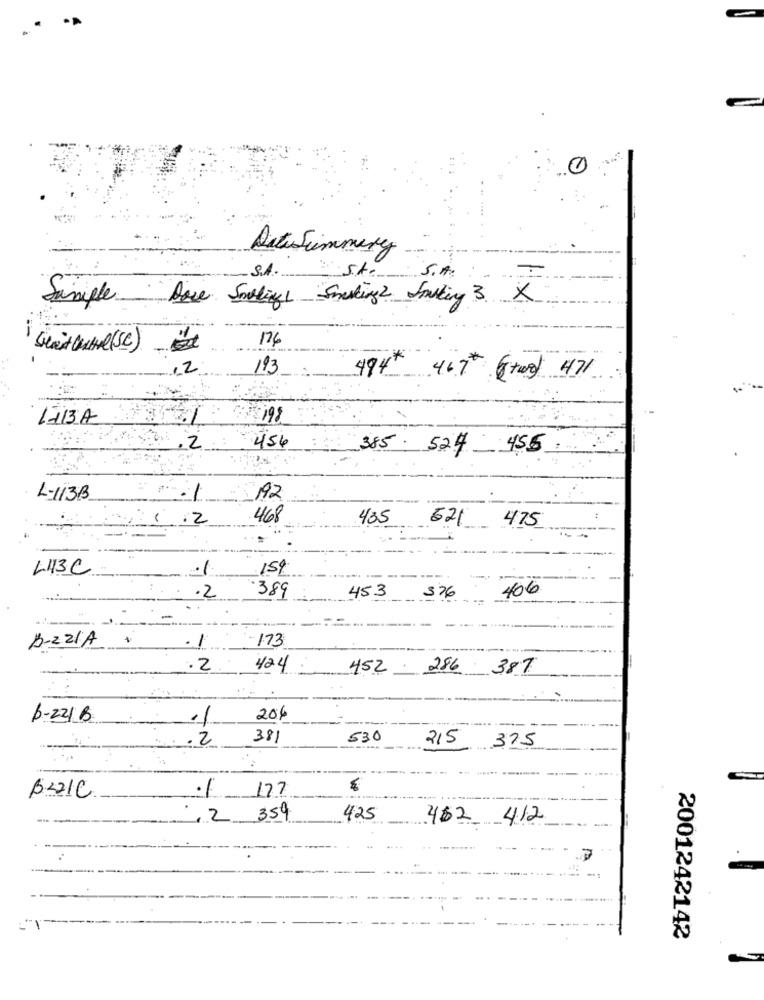
0
Datisimmery
S.A.
S.A.
Doce Soulige Smashing 2 Jousting 3 X
Saniple
176
Seit Cute( Se )
12
193
494 467 6twe) 471
1713A
198
.2
456
385. 524
455
L-113B
.1
192
.2
468
435
621 475
L43C
159
406
.2
389
453
326
173
B-ZZIA
1
.2
424
452 - 286 387
b-221 B
11
204
.2
381
530
215 375
BLIC
177
, 2 359
425
462 412
2001242142